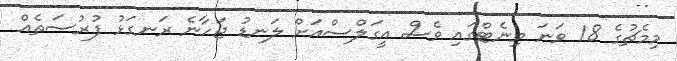
މިމެޗުގެ 18 ވަނަ މިނެޓްގައި ވެސް އީގަލްސްއަށް ލަނޑު ޖަހާނެ ރަނގަޅު ފުރުސަތެއް